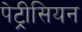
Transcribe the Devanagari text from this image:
पेट्रीसियन